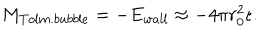
M _ { T o l m . b u b b l e } = - E _ { w a l l } \approx - 4 \pi r _ { 0 } ^ { 2 } \epsilon .